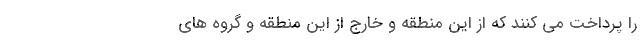
را پرداخت می کنند که از این منطقه و خارج از این منطقه و گروه های